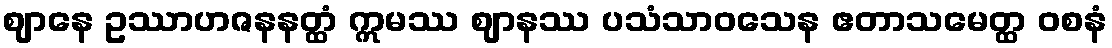
ဈာနေ ဥဿာဟဇနနတ္ထံ ဣမဿ ဈာနဿ ပသံသာဝသေန ဧတာသမေတ္ထ ဝစနံ